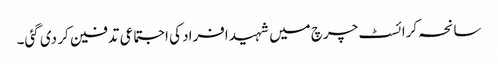
سانحہ کرائسٹ چرچ میں شہید افراد کی اجتماعی تدفین کر دی گئی۔